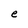
Character: e